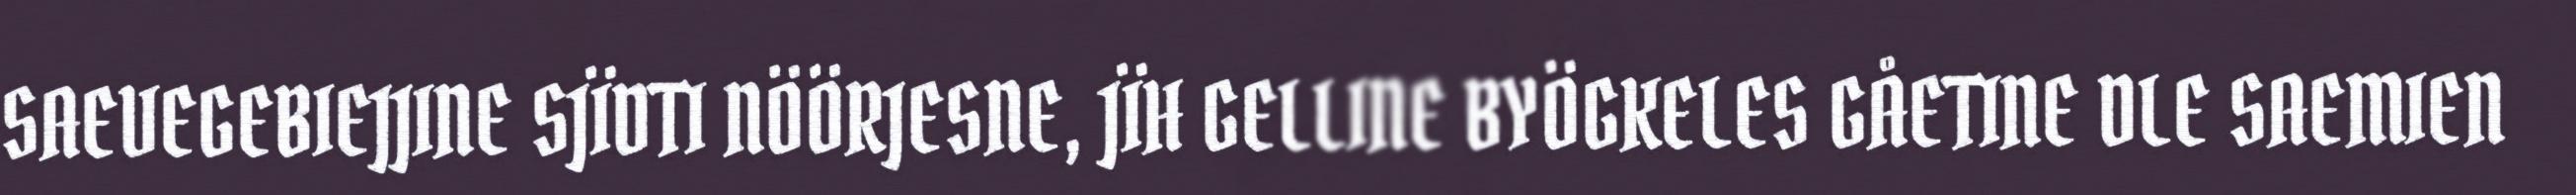
SAEVEGEBIEJJINE SJÏDTI NÖÖRJESNE, JÏH GELLINE BYÖGKELES GÅETINE DLE SAEMIEN